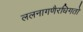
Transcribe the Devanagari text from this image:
ललनागणैरधिगतो